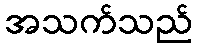
အသက်သည်